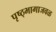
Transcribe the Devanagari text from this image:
पृष्ठ्भागाजवळ